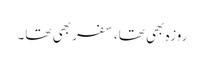
روزہ بھی تھا، سفر بھی تھا۔